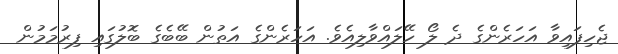
ޖެހިފައިވާ އަހަރެންގެ ދެ ލޯ ހޭލައްވާލިއެވެ. އަހަރެންގެ އަތުން ބޭބެގެ ބޮލުގައި ފިރުމަމުން